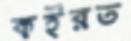
কইরত